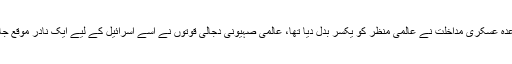
1977ء کے کیمپ ڈیوڈ معاہدے کے بعد 1979ء میں سوویت یونین کی افغانستان میں باقاعدہ عسکری مداخلت نے عالمی منظر کو یکسر بدل دیا تھا، عالمی صہیونی دجالی قوتوں نے اسے اسرائیل کے لیے ایک نادر موقع جانا کہ اب’’ اسلامی مزاحمت‘‘ کا رخ مقبوضہ القدس کی بجائے مقبوضہ کابل کی جانب ہوگا۔